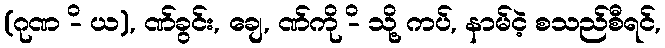
(ဂုဏ -ိ ယ), ဏ်ခွင်း, ချေ, ဏ်ကို -ိ သို့ ကပ်, နာမ်ငဲ့ စသည်စီရင်,